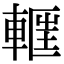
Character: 𮝝